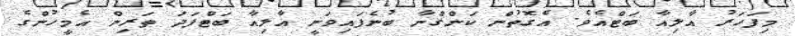
މިފަހަރު އާލިއާ ބަޓްއެވެ. އެގޮތުން ކަންގްނާ ބުނެފައިވަނީ އާލިއާ ބަޓްފަދަ ތަރިން އެމީހުންގެ